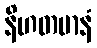
နိဟတမာနံ